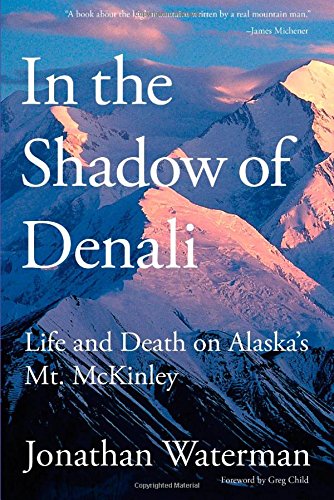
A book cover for In the Shadow of Denali: Life And Death On Alaska's Mt. Mckinley; Jonathan Waterman; Science & Math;